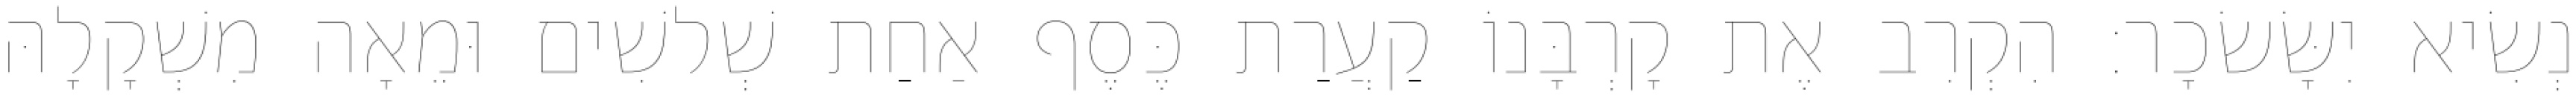
נְשִׂיא יִשָּׂשׂכָר׃ הִקְרִב אֶת קָרְבָּנוֹ קַעֲרַת כֶּסֶף אַחַת שְׁלשִׁים וּמֵאָה מִשְׁקָלָהּ